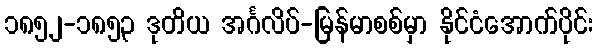
၁၈၅၂-၁၈၅၃ ဒုတိယ အင်္ဂလိပ်-မြန်မာစစ်မှာ နိုင်ငံအောက်ပိုင်း